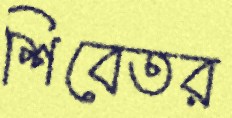
শিবেতর